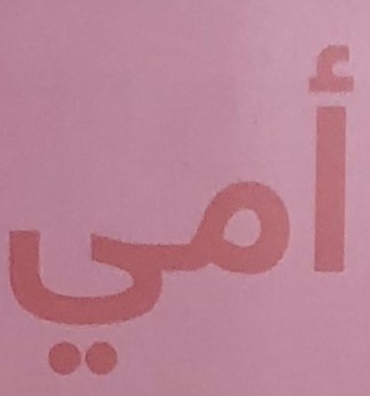
أمي